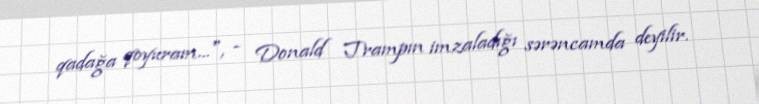
qadağa qoyuram...", - Donald Trampın imzaladığı sərəncamda deyilir.